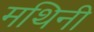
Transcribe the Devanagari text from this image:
मथिनी